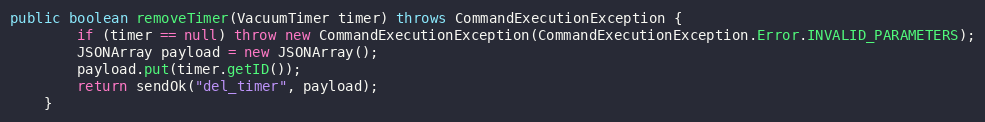
Language: Java
public boolean removeTimer(VacuumTimer timer) throws CommandExecutionException {
        if (timer == null) throw new CommandExecutionException(CommandExecutionException.Error.INVALID_PARAMETERS);
        JSONArray payload = new JSONArray();
        payload.put(timer.getID());
        return sendOk("del_timer", payload);
    }